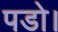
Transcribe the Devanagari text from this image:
पडो।